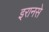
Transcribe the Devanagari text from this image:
इरानसे